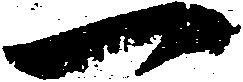
一